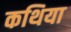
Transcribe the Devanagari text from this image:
कथिया